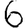
Digit: 6